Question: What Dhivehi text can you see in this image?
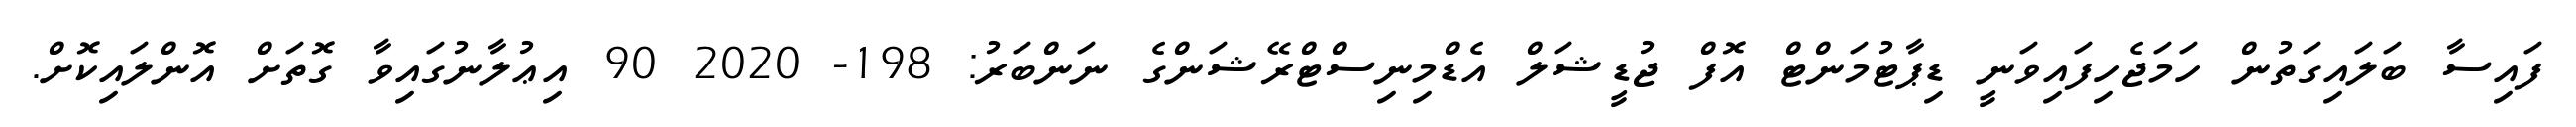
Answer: ފައިސާ ބަލައިގަތުން ހަމަޖެހިފައިވަނީ ޑިޕާޓުމަންޓް އޮފް ޖުޑީޝަލް އެޑްމިނިސްޓްރޭޝަންގެ ނަންބަރު: 198- 2020 90 އިޢުލާނުގައިވާ ގޮތަށް އޮންލައިކޮށް.